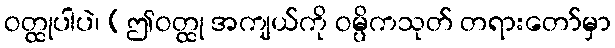
ဝတ္ထုပါပဲ၊ (ဤဝတ္ထု အကျယ်ကို ဝမ္ပိကသုတ် တရားတော်မှာ